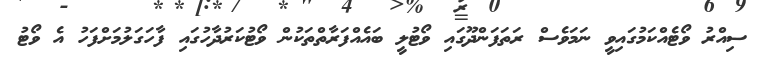
ސިއްރު ވޯޓެއްކަމުގައިވީ ނަމަވެސް ރަތަފަންދޫގައި ވޯޓުލީ ބައެއްފަރާތްތަކުން ވޯޓުކަރުދާހުގައި ފާހަގަލުމަށްފަހު އެ ވޯޓު